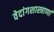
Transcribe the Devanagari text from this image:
वेदांगशास्त्राणां